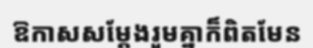
ឱកាសសម្តែងរួមគ្នាក៏ពិតមែន